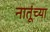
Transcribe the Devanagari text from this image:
नातूंच्या